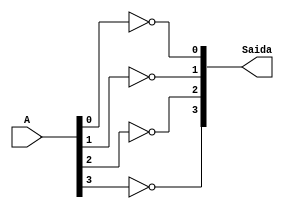
//----------------------------
// Nome: Caio Ragacci Pimentel
// Matrcula: 405794
//----------------------------


//----------------------------
//------ Guia 06 - 03---------
//----------------------------

// -- Complemento de 1 -

module complemento1 (Saida, A);
input [3:0]A;
output [3:0]Saida;

not NOT1 (Saida[0], A[0]);
not NOT2 (Saida[1], A[1]);
not NOT3 (Saida[2], A[2]);
not NOT4 (Saida[3], A[3]);

endmodule //  fim complemento1

// --- Teste ---

module teste;

reg  [3:0]A;
reg  [3:0]B;
wire [3:0]Complemento;

complemento1 C(Complemento, A);

// parte principal
   initial begin
	   $display("Guia 06- 03");
		$display("Caio Ragacci Pimentel - 405794");
      $display("~~~~ALU~~~~");
      $display(" Complemento A  ");

		A = 0;
		B = 0;
  		while(A != 15)
		  begin
		    A = (B == 0)? A : A + 1;
			 B = 0;
  #1      $display("%b ",Complemento);
			 while(B != 15)
			   begin
				  B = B + 1;
  #1              $display("%b ",Complemento);
		      end
		  end
  end



endmodule // fim teste

// OBS.: ERA PARA CALCULAR CARRY, OVERFLOW E ZERO!